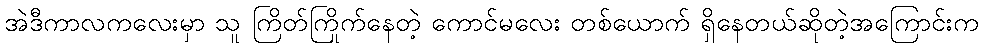
အဲဒီကာလကလေးမှာ သူ ကြိတ်ကြိုက်နေတဲ့ ကောင်မလေး တစ်ယောက် ရှိနေတယ်ဆိုတဲ့အကြောင်းက